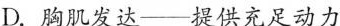
D.胸肌发达——提供充足动力